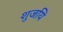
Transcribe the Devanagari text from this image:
शुजयि